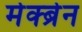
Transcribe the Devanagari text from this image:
मेक्ब्रेन